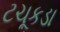
ટચૂકડા